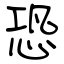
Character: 恐